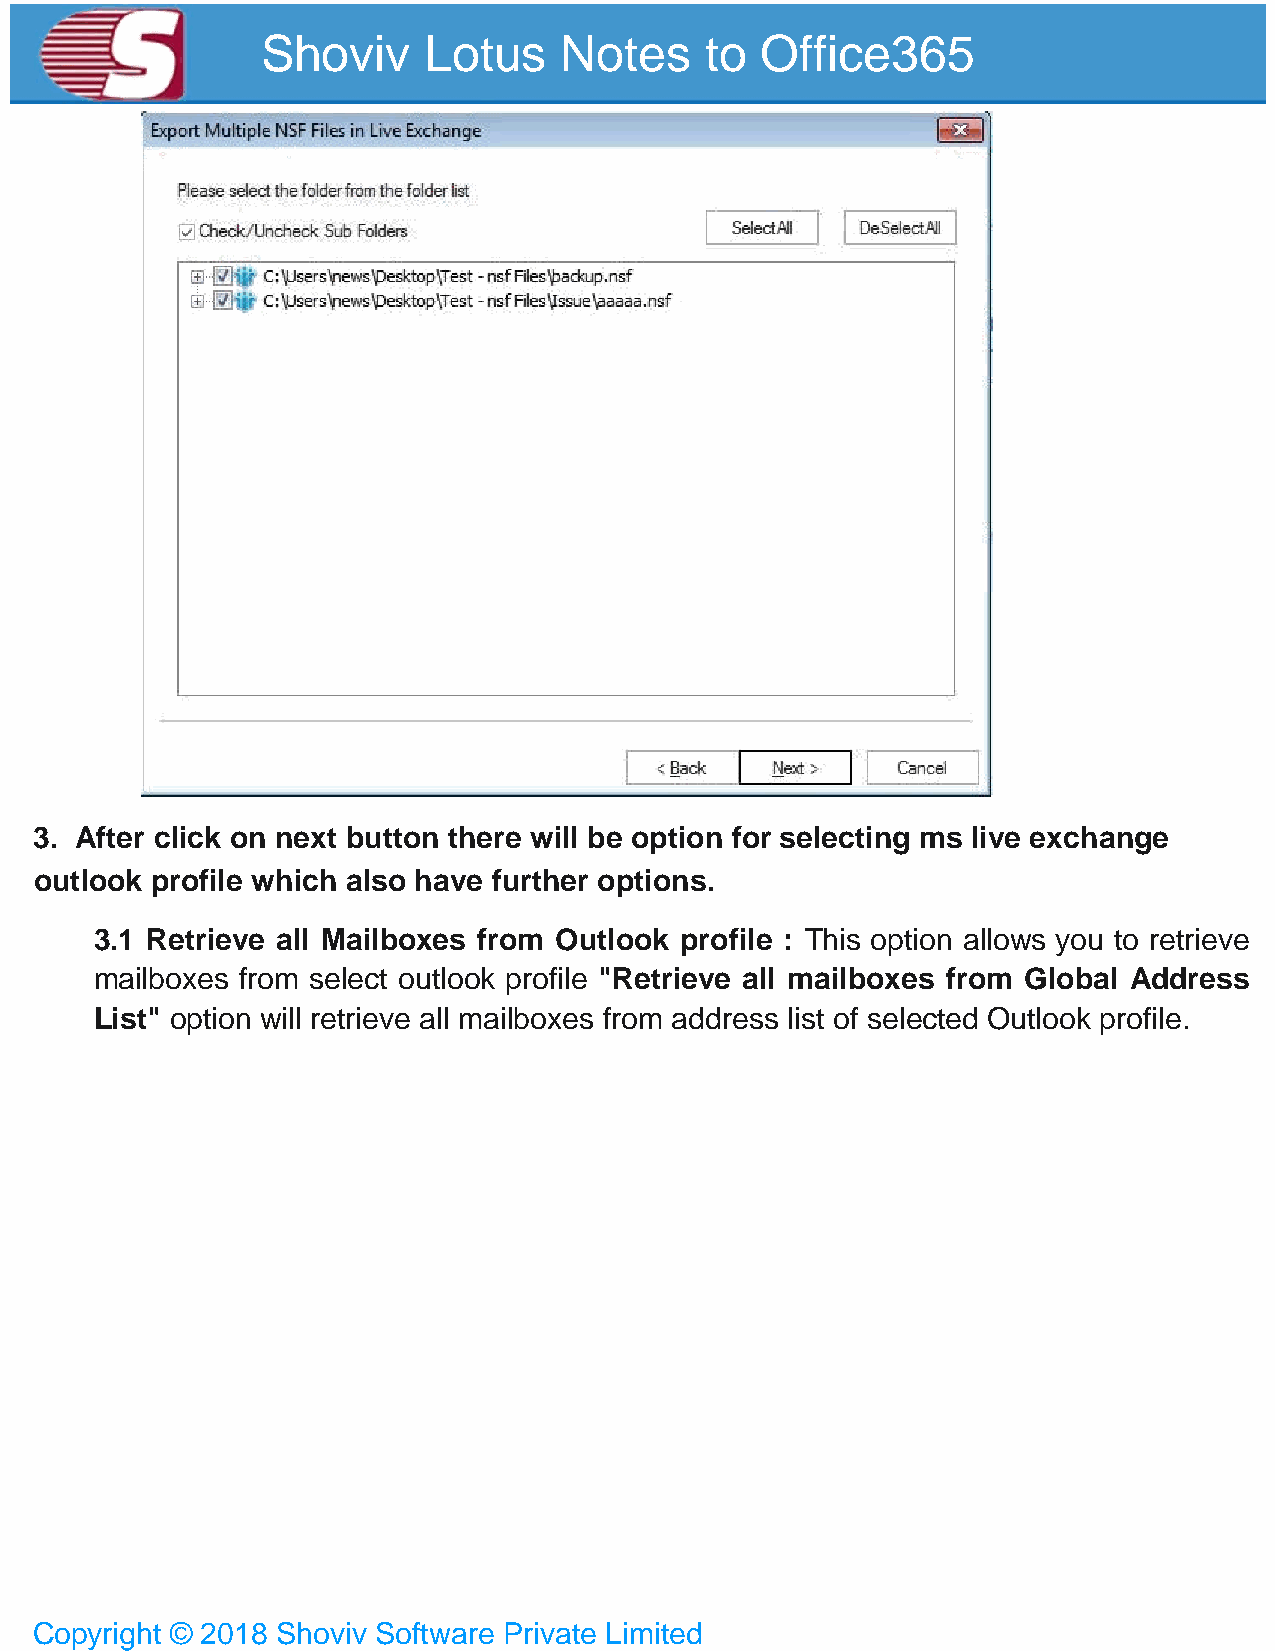
Shoviv     Lotus    Notes     to Office365
 3. After click on next button there will be option for selecting ms live exchange
 outlook profile which also have further options.
 3.1 Retrieve all Mailboxes from Outlook profile : This option allows you to retrieve
 mailboxes from select outlook profile "Retrieve all mailboxes from Global Address
 List" option will retrieve all mailboxes from address list of selected Outlook profile.
 Copyright © 2018 Shoviv Software Private Limited